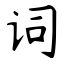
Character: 词